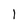
Character: l